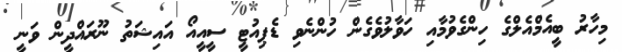
މިހާރު ބީއެމްއެލްގެ ހިންގެވުމާއި ހަވާލުވެގެން ހުންނެވި ޑެޕިއުޓީ ސީއީއޯ އައިޝަތު ނޫރައްދީން ވަނީ